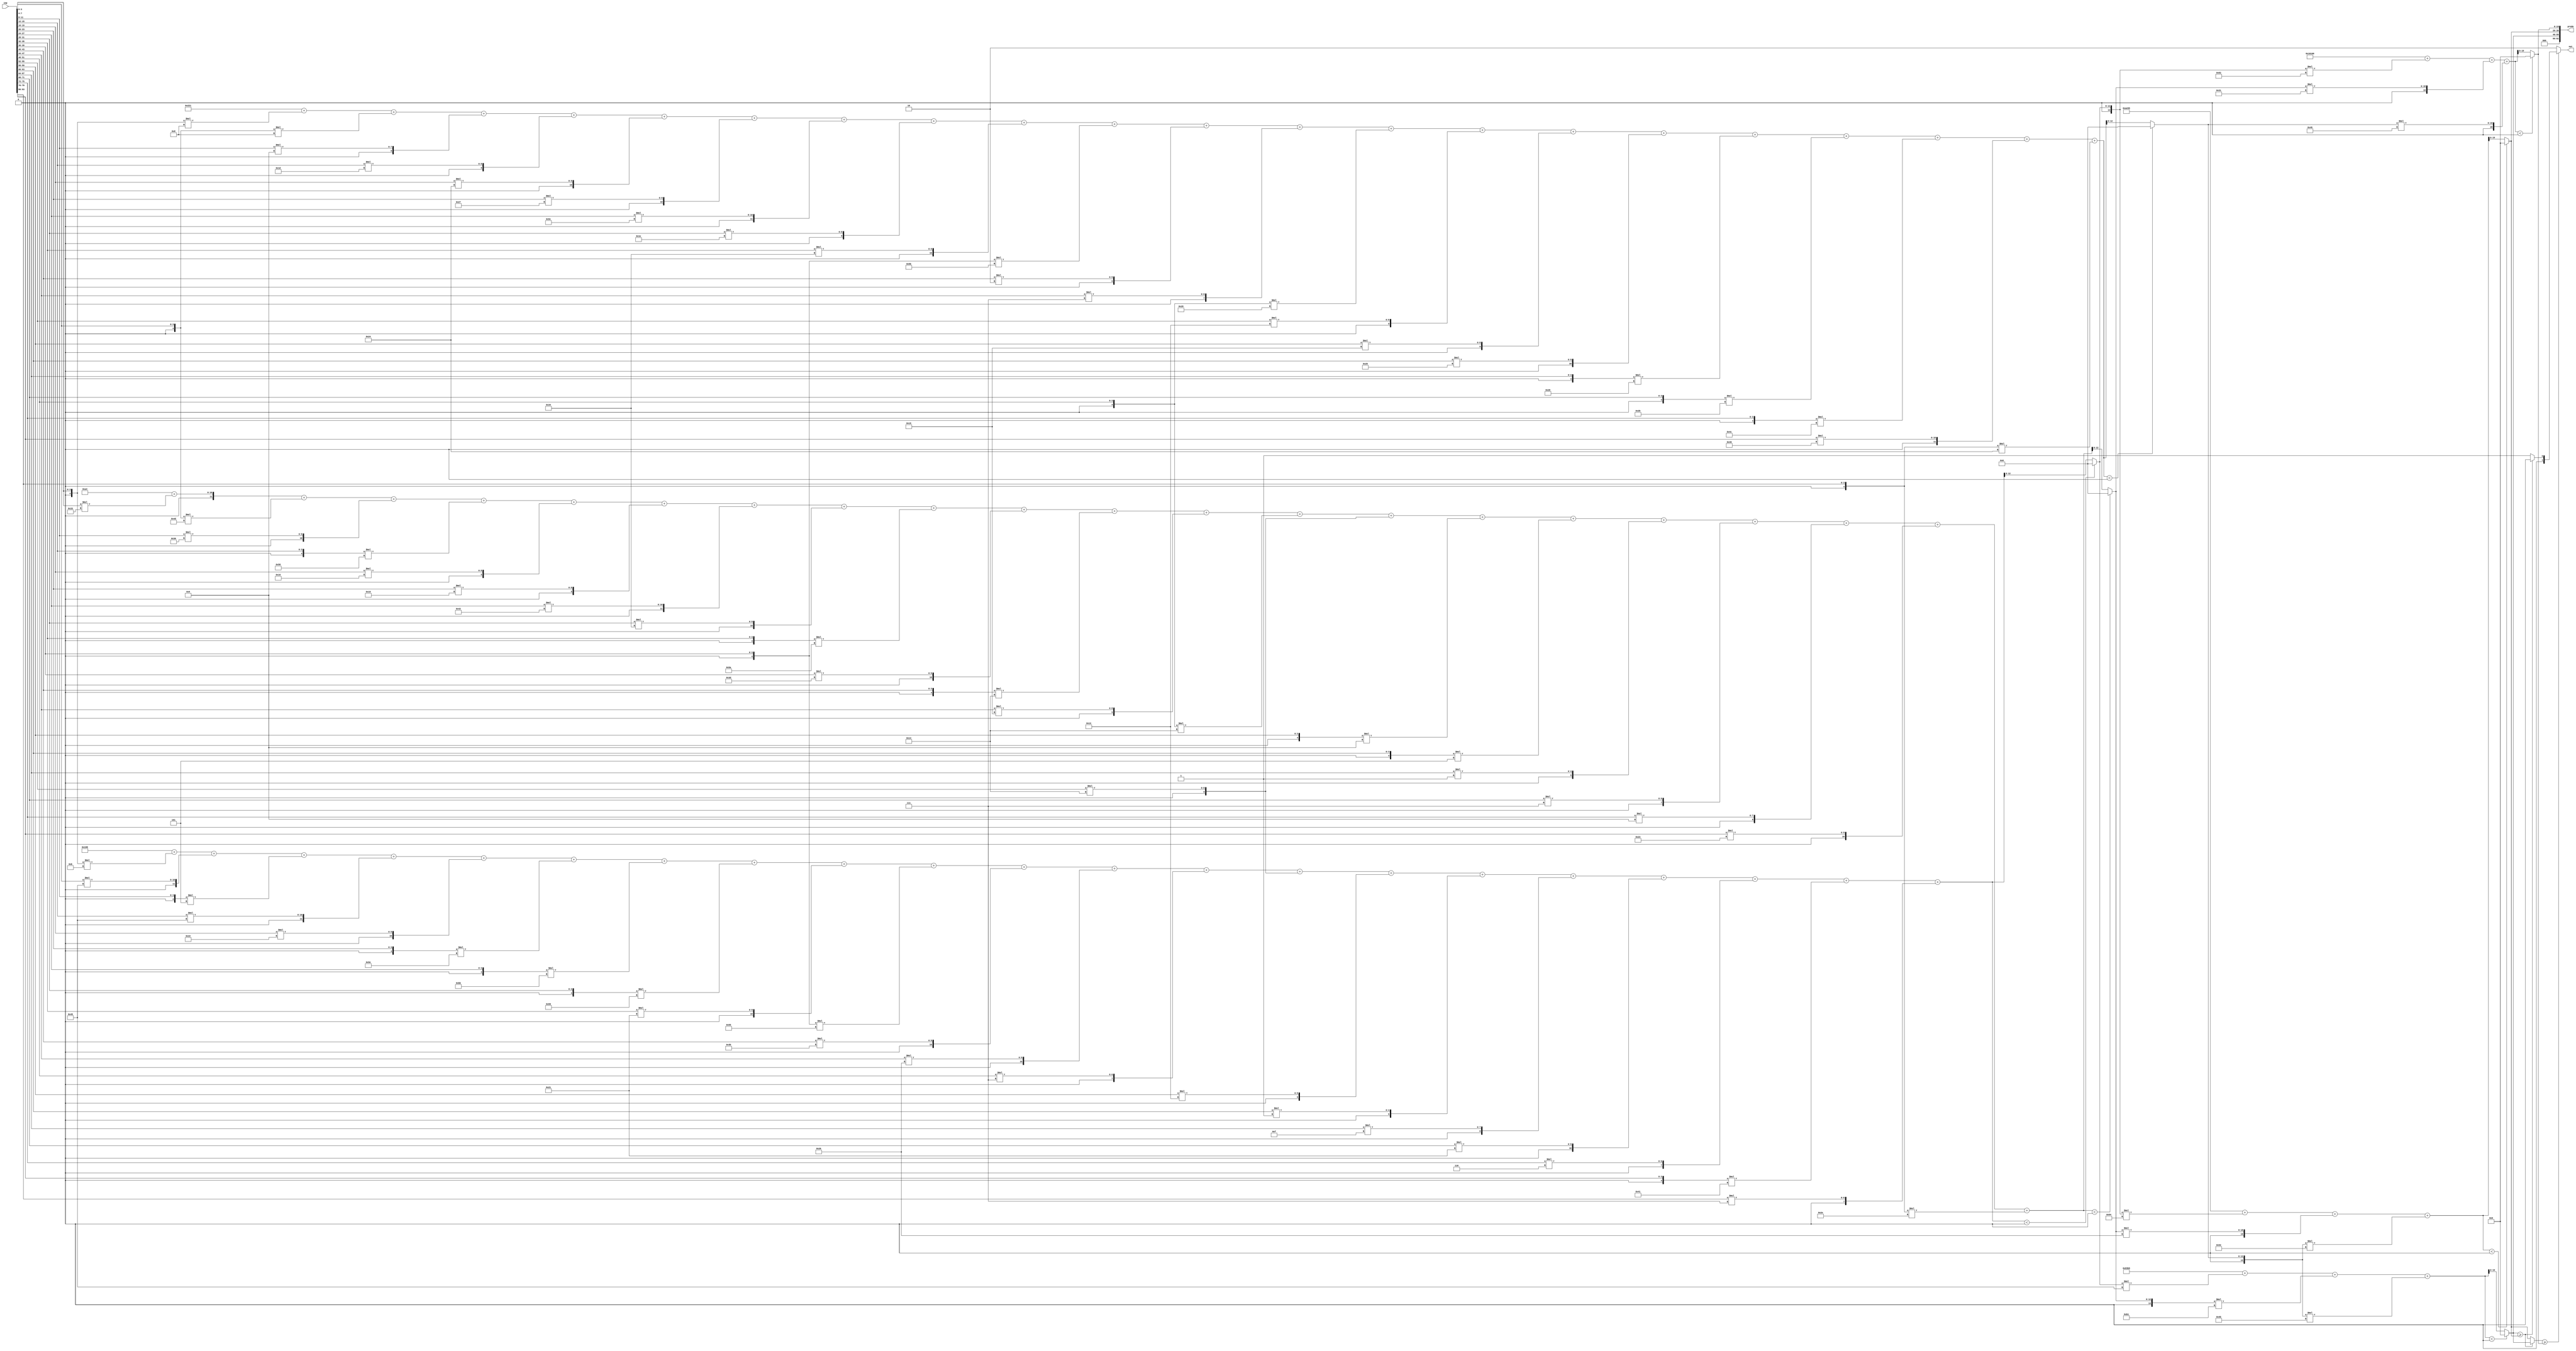
//weights: [[[-5, 69, -3, 69, 34, -34, -69, -39, 33, -43, 59, 38, 7, 20, 19, 1, 15, 33, 6, -63, 7], [51, -51, 54, -40, 22, 16, 66, 52, -38, 61, -12, 21, -12, 20, -7, -3, 1, 7, 9, 35, -18], [-8, -8, 9, 29, 36, 39, 92, 30, 52, -37, 2, 7, -23, 19, 21, 37, -24, -21, -52, 70, -28]], [[69, -79, -53], [-44, 38, -46], [-126, 49, 73]]]
//intercepts: [[408, 164, 545], [33717, -20843, -40698]]
//act size: [4, 13, 20]
//pred num: 3
module top (inp, predo, out);
input [83:0] inp;
output [62:0] predo;
output [1:0] out;

// layer: 0 - neuron: 0
    wire signed [11:0] n_0_0_po_0;
    //weight -5: 8'sb11111011
    assign n_0_0_po_0 = $signed({1'b0, inp[3:0]}) * 8'sb11111011;

    wire signed [11:0] n_0_0_po_1;
    //weight 69: 8'sb01000101
    assign n_0_0_po_1 = $signed({1'b0, inp[7:4]}) * 8'sb01000101;

    wire signed [11:0] n_0_0_po_2;
    //weight -3: 8'sb11111101
    assign n_0_0_po_2 = $signed({1'b0, inp[11:8]}) * 8'sb11111101;

    wire signed [11:0] n_0_0_po_3;
    //weight 69: 8'sb01000101
    assign n_0_0_po_3 = $signed({1'b0, inp[15:12]}) * 8'sb01000101;

    wire signed [11:0] n_0_0_po_4;
    //weight 34: 8'sb00100010
    assign n_0_0_po_4 = $signed({1'b0, inp[19:16]}) * 8'sb00100010;

    wire signed [11:0] n_0_0_po_5;
    //weight -34: 8'sb11011110
    assign n_0_0_po_5 = $signed({1'b0, inp[23:20]}) * 8'sb11011110;

    wire signed [11:0] n_0_0_po_6;
    //weight -69: 8'sb10111011
    assign n_0_0_po_6 = $signed({1'b0, inp[27:24]}) * 8'sb10111011;

    wire signed [11:0] n_0_0_po_7;
    //weight -39: 8'sb11011001
    assign n_0_0_po_7 = $signed({1'b0, inp[31:28]}) * 8'sb11011001;

    wire signed [11:0] n_0_0_po_8;
    //weight 33: 8'sb00100001
    assign n_0_0_po_8 = $signed({1'b0, inp[35:32]}) * 8'sb00100001;

    wire signed [11:0] n_0_0_po_9;
    //weight -43: 8'sb11010101
    assign n_0_0_po_9 = $signed({1'b0, inp[39:36]}) * 8'sb11010101;

    wire signed [11:0] n_0_0_po_10;
    //weight 59: 8'sb00111011
    assign n_0_0_po_10 = $signed({1'b0, inp[43:40]}) * 8'sb00111011;

    wire signed [11:0] n_0_0_po_11;
    //weight 38: 8'sb00100110
    assign n_0_0_po_11 = $signed({1'b0, inp[47:44]}) * 8'sb00100110;

    wire signed [11:0] n_0_0_po_12;
    //weight 7: 8'sb00000111
    assign n_0_0_po_12 = $signed({1'b0, inp[51:48]}) * 8'sb00000111;

    wire signed [11:0] n_0_0_po_13;
    //weight 20: 8'sb00010100
    assign n_0_0_po_13 = $signed({1'b0, inp[55:52]}) * 8'sb00010100;

    wire signed [11:0] n_0_0_po_14;
    //weight 19: 8'sb00010011
    assign n_0_0_po_14 = $signed({1'b0, inp[59:56]}) * 8'sb00010011;

    wire signed [11:0] n_0_0_po_15;
    //weight 1: 8'sb00000001
    assign n_0_0_po_15 = $signed({1'b0, inp[63:60]}) * 8'sb00000001;

    wire signed [11:0] n_0_0_po_16;
    //weight 15: 8'sb00001111
    assign n_0_0_po_16 = $signed({1'b0, inp[67:64]}) * 8'sb00001111;

    wire signed [11:0] n_0_0_po_17;
    //weight 33: 8'sb00100001
    assign n_0_0_po_17 = $signed({1'b0, inp[71:68]}) * 8'sb00100001;

    wire signed [11:0] n_0_0_po_18;
    //weight 6: 8'sb00000110
    assign n_0_0_po_18 = $signed({1'b0, inp[75:72]}) * 8'sb00000110;

    wire signed [11:0] n_0_0_po_19;
    //weight -63: 8'sb11000001
    assign n_0_0_po_19 = $signed({1'b0, inp[79:76]}) * 8'sb11000001;

    wire signed [11:0] n_0_0_po_20;
    //weight 7: 8'sb00000111
    assign n_0_0_po_20 = $signed({1'b0, inp[83:80]}) * 8'sb00000111;

    wire signed [13:0] n_0_0_sum;
    assign n_0_0_sum = 408 + n_0_0_po_0 + n_0_0_po_1 + n_0_0_po_2 + n_0_0_po_3 + n_0_0_po_4 + n_0_0_po_5 + n_0_0_po_6 + n_0_0_po_7 + n_0_0_po_8 + n_0_0_po_9 + n_0_0_po_10 + n_0_0_po_11 + n_0_0_po_12 + n_0_0_po_13 + n_0_0_po_14 + n_0_0_po_15 + n_0_0_po_16 + n_0_0_po_17 + n_0_0_po_18 + n_0_0_po_19 + n_0_0_po_20;
    //relu
    wire [12:0] n_0_0;
    assign n_0_0 = (n_0_0_sum<0) ? $unsigned({13{1'b0}}) : $unsigned(n_0_0_sum[12:0]);

// layer: 0 - neuron: 1
    wire signed [11:0] n_0_1_po_0;
    //weight 51: 8'sb00110011
    assign n_0_1_po_0 = $signed({1'b0, inp[3:0]}) * 8'sb00110011;

    wire signed [11:0] n_0_1_po_1;
    //weight -51: 8'sb11001101
    assign n_0_1_po_1 = $signed({1'b0, inp[7:4]}) * 8'sb11001101;

    wire signed [11:0] n_0_1_po_2;
    //weight 54: 8'sb00110110
    assign n_0_1_po_2 = $signed({1'b0, inp[11:8]}) * 8'sb00110110;

    wire signed [11:0] n_0_1_po_3;
    //weight -40: 8'sb11011000
    assign n_0_1_po_3 = $signed({1'b0, inp[15:12]}) * 8'sb11011000;

    wire signed [11:0] n_0_1_po_4;
    //weight 22: 8'sb00010110
    assign n_0_1_po_4 = $signed({1'b0, inp[19:16]}) * 8'sb00010110;

    wire signed [11:0] n_0_1_po_5;
    //weight 16: 8'sb00010000
    assign n_0_1_po_5 = $signed({1'b0, inp[23:20]}) * 8'sb00010000;

    wire signed [11:0] n_0_1_po_6;
    //weight 66: 8'sb01000010
    assign n_0_1_po_6 = $signed({1'b0, inp[27:24]}) * 8'sb01000010;

    wire signed [11:0] n_0_1_po_7;
    //weight 52: 8'sb00110100
    assign n_0_1_po_7 = $signed({1'b0, inp[31:28]}) * 8'sb00110100;

    wire signed [11:0] n_0_1_po_8;
    //weight -38: 8'sb11011010
    assign n_0_1_po_8 = $signed({1'b0, inp[35:32]}) * 8'sb11011010;

    wire signed [11:0] n_0_1_po_9;
    //weight 61: 8'sb00111101
    assign n_0_1_po_9 = $signed({1'b0, inp[39:36]}) * 8'sb00111101;

    wire signed [11:0] n_0_1_po_10;
    //weight -12: 8'sb11110100
    assign n_0_1_po_10 = $signed({1'b0, inp[43:40]}) * 8'sb11110100;

    wire signed [11:0] n_0_1_po_11;
    //weight 21: 8'sb00010101
    assign n_0_1_po_11 = $signed({1'b0, inp[47:44]}) * 8'sb00010101;

    wire signed [11:0] n_0_1_po_12;
    //weight -12: 8'sb11110100
    assign n_0_1_po_12 = $signed({1'b0, inp[51:48]}) * 8'sb11110100;

    wire signed [11:0] n_0_1_po_13;
    //weight 20: 8'sb00010100
    assign n_0_1_po_13 = $signed({1'b0, inp[55:52]}) * 8'sb00010100;

    wire signed [11:0] n_0_1_po_14;
    //weight -7: 8'sb11111001
    assign n_0_1_po_14 = $signed({1'b0, inp[59:56]}) * 8'sb11111001;

    wire signed [11:0] n_0_1_po_15;
    //weight -3: 8'sb11111101
    assign n_0_1_po_15 = $signed({1'b0, inp[63:60]}) * 8'sb11111101;

    wire signed [11:0] n_0_1_po_16;
    //weight 1: 8'sb00000001
    assign n_0_1_po_16 = $signed({1'b0, inp[67:64]}) * 8'sb00000001;

    wire signed [11:0] n_0_1_po_17;
    //weight 7: 8'sb00000111
    assign n_0_1_po_17 = $signed({1'b0, inp[71:68]}) * 8'sb00000111;

    wire signed [11:0] n_0_1_po_18;
    //weight 9: 8'sb00001001
    assign n_0_1_po_18 = $signed({1'b0, inp[75:72]}) * 8'sb00001001;

    wire signed [11:0] n_0_1_po_19;
    //weight 35: 8'sb00100011
    assign n_0_1_po_19 = $signed({1'b0, inp[79:76]}) * 8'sb00100011;

    wire signed [11:0] n_0_1_po_20;
    //weight -18: 8'sb11101110
    assign n_0_1_po_20 = $signed({1'b0, inp[83:80]}) * 8'sb11101110;

    wire signed [13:0] n_0_1_sum;
    assign n_0_1_sum = 164 + n_0_1_po_0 + n_0_1_po_1 + n_0_1_po_2 + n_0_1_po_3 + n_0_1_po_4 + n_0_1_po_5 + n_0_1_po_6 + n_0_1_po_7 + n_0_1_po_8 + n_0_1_po_9 + n_0_1_po_10 + n_0_1_po_11 + n_0_1_po_12 + n_0_1_po_13 + n_0_1_po_14 + n_0_1_po_15 + n_0_1_po_16 + n_0_1_po_17 + n_0_1_po_18 + n_0_1_po_19 + n_0_1_po_20;
    //relu
    wire [12:0] n_0_1;
    assign n_0_1 = (n_0_1_sum<0) ? $unsigned({13{1'b0}}) : $unsigned(n_0_1_sum[12:0]);

// layer: 0 - neuron: 2
    wire signed [11:0] n_0_2_po_0;
    //weight -8: 8'sb11111000
    assign n_0_2_po_0 = $signed({1'b0, inp[3:0]}) * 8'sb11111000;

    wire signed [11:0] n_0_2_po_1;
    //weight -8: 8'sb11111000
    assign n_0_2_po_1 = $signed({1'b0, inp[7:4]}) * 8'sb11111000;

    wire signed [11:0] n_0_2_po_2;
    //weight 9: 8'sb00001001
    assign n_0_2_po_2 = $signed({1'b0, inp[11:8]}) * 8'sb00001001;

    wire signed [11:0] n_0_2_po_3;
    //weight 29: 8'sb00011101
    assign n_0_2_po_3 = $signed({1'b0, inp[15:12]}) * 8'sb00011101;

    wire signed [11:0] n_0_2_po_4;
    //weight 36: 8'sb00100100
    assign n_0_2_po_4 = $signed({1'b0, inp[19:16]}) * 8'sb00100100;

    wire signed [11:0] n_0_2_po_5;
    //weight 39: 8'sb00100111
    assign n_0_2_po_5 = $signed({1'b0, inp[23:20]}) * 8'sb00100111;

    wire signed [11:0] n_0_2_po_6;
    //weight 92: 8'sb01011100
    assign n_0_2_po_6 = $signed({1'b0, inp[27:24]}) * 8'sb01011100;

    wire signed [11:0] n_0_2_po_7;
    //weight 30: 8'sb00011110
    assign n_0_2_po_7 = $signed({1'b0, inp[31:28]}) * 8'sb00011110;

    wire signed [11:0] n_0_2_po_8;
    //weight 52: 8'sb00110100
    assign n_0_2_po_8 = $signed({1'b0, inp[35:32]}) * 8'sb00110100;

    wire signed [11:0] n_0_2_po_9;
    //weight -37: 8'sb11011011
    assign n_0_2_po_9 = $signed({1'b0, inp[39:36]}) * 8'sb11011011;

    wire signed [11:0] n_0_2_po_10;
    //weight 2: 8'sb00000010
    assign n_0_2_po_10 = $signed({1'b0, inp[43:40]}) * 8'sb00000010;

    wire signed [11:0] n_0_2_po_11;
    //weight 7: 8'sb00000111
    assign n_0_2_po_11 = $signed({1'b0, inp[47:44]}) * 8'sb00000111;

    wire signed [11:0] n_0_2_po_12;
    //weight -23: 8'sb11101001
    assign n_0_2_po_12 = $signed({1'b0, inp[51:48]}) * 8'sb11101001;

    wire signed [11:0] n_0_2_po_13;
    //weight 19: 8'sb00010011
    assign n_0_2_po_13 = $signed({1'b0, inp[55:52]}) * 8'sb00010011;

    wire signed [11:0] n_0_2_po_14;
    //weight 21: 8'sb00010101
    assign n_0_2_po_14 = $signed({1'b0, inp[59:56]}) * 8'sb00010101;

    wire signed [11:0] n_0_2_po_15;
    //weight 37: 8'sb00100101
    assign n_0_2_po_15 = $signed({1'b0, inp[63:60]}) * 8'sb00100101;

    wire signed [11:0] n_0_2_po_16;
    //weight -24: 8'sb11101000
    assign n_0_2_po_16 = $signed({1'b0, inp[67:64]}) * 8'sb11101000;

    wire signed [11:0] n_0_2_po_17;
    //weight -21: 8'sb11101011
    assign n_0_2_po_17 = $signed({1'b0, inp[71:68]}) * 8'sb11101011;

    wire signed [11:0] n_0_2_po_18;
    //weight -52: 8'sb11001100
    assign n_0_2_po_18 = $signed({1'b0, inp[75:72]}) * 8'sb11001100;

    wire signed [11:0] n_0_2_po_19;
    //weight 70: 8'sb01000110
    assign n_0_2_po_19 = $signed({1'b0, inp[79:76]}) * 8'sb01000110;

    wire signed [11:0] n_0_2_po_20;
    //weight -28: 8'sb11100100
    assign n_0_2_po_20 = $signed({1'b0, inp[83:80]}) * 8'sb11100100;

    wire signed [13:0] n_0_2_sum;
    assign n_0_2_sum = 545 + n_0_2_po_0 + n_0_2_po_1 + n_0_2_po_2 + n_0_2_po_3 + n_0_2_po_4 + n_0_2_po_5 + n_0_2_po_6 + n_0_2_po_7 + n_0_2_po_8 + n_0_2_po_9 + n_0_2_po_10 + n_0_2_po_11 + n_0_2_po_12 + n_0_2_po_13 + n_0_2_po_14 + n_0_2_po_15 + n_0_2_po_16 + n_0_2_po_17 + n_0_2_po_18 + n_0_2_po_19 + n_0_2_po_20;
    //relu
    wire [12:0] n_0_2;
    assign n_0_2 = (n_0_2_sum<0) ? $unsigned({13{1'b0}}) : $unsigned(n_0_2_sum[12:0]);

// layer: 1 - neuron: 0
    wire signed [20:0] n_1_0_po_0;
    //weight 69: 8'sb01000101
    assign n_1_0_po_0 = $signed({1'b0, n_0_0}) * 8'sb01000101;

    wire signed [20:0] n_1_0_po_1;
    //weight -79: 8'sb10110001
    assign n_1_0_po_1 = $signed({1'b0, n_0_1}) * 8'sb10110001;

    wire signed [20:0] n_1_0_po_2;
    //weight -53: 8'sb11001011
    assign n_1_0_po_2 = $signed({1'b0, n_0_2}) * 8'sb11001011;

    wire signed [20:0] n_1_0_sum;
    assign n_1_0_sum = 33717 + n_1_0_po_0 + n_1_0_po_1 + n_1_0_po_2;
    //relu
    wire [19:0] n_1_0;
    assign n_1_0 = (n_1_0_sum<0) ? $unsigned({20{1'b0}}) : $unsigned(n_1_0_sum[19:0]);

// layer: 1 - neuron: 1
    wire signed [20:0] n_1_1_po_0;
    //weight -44: 8'sb11010100
    assign n_1_1_po_0 = $signed({1'b0, n_0_0}) * 8'sb11010100;

    wire signed [20:0] n_1_1_po_1;
    //weight 38: 8'sb00100110
    assign n_1_1_po_1 = $signed({1'b0, n_0_1}) * 8'sb00100110;

    wire signed [20:0] n_1_1_po_2;
    //weight -46: 8'sb11010010
    assign n_1_1_po_2 = $signed({1'b0, n_0_2}) * 8'sb11010010;

    wire signed [20:0] n_1_1_sum;
    assign n_1_1_sum = -20843 + n_1_1_po_0 + n_1_1_po_1 + n_1_1_po_2;
    //relu
    wire [19:0] n_1_1;
    assign n_1_1 = (n_1_1_sum<0) ? $unsigned({20{1'b0}}) : $unsigned(n_1_1_sum[19:0]);

// layer: 1 - neuron: 2
    wire signed [20:0] n_1_2_po_0;
    //weight -126: 8'sb10000010
    assign n_1_2_po_0 = $signed({1'b0, n_0_0}) * 8'sb10000010;

    wire signed [20:0] n_1_2_po_1;
    //weight 49: 8'sb00110001
    assign n_1_2_po_1 = $signed({1'b0, n_0_1}) * 8'sb00110001;

    wire signed [20:0] n_1_2_po_2;
    //weight 73: 8'sb01001001
    assign n_1_2_po_2 = $signed({1'b0, n_0_2}) * 8'sb01001001;

    wire signed [20:0] n_1_2_sum;
    assign n_1_2_sum = -40698 + n_1_2_po_0 + n_1_2_po_1 + n_1_2_po_2;
    //relu
    wire [19:0] n_1_2;
    assign n_1_2 = (n_1_2_sum<0) ? $unsigned({20{1'b0}}) : $unsigned(n_1_2_sum[19:0]);

    assign predo = {n_1_0,n_1_1,n_1_2};
// argmax: 3 classes, need 2 bits
// argmax inp: n_1_0, n_1_1, n_1_2
    //comp level 0
    wire cmp_0_0;
    wire [20:0] argmax_val_0_0;
    wire [1:0] argmax_idx_0_0;
    assign {cmp_0_0} = ( n_1_0 >= n_1_1 );
    assign {argmax_val_0_0} = ( cmp_0_0 ) ? n_1_0 : n_1_1;
    assign {argmax_idx_0_0} = ( cmp_0_0 ) ? 2'b00 : 2'b01;

    //comp level 1
    wire cmp_1_0;
    wire [20:0] argmax_val_1_0;
    wire [1:0] argmax_idx_1_0;
    assign {cmp_1_0} = ( argmax_val_0_0 >= n_1_2 );
    assign {argmax_val_1_0} = ( cmp_1_0 ) ? argmax_val_0_0 : n_1_2;
    assign {argmax_idx_1_0} = ( cmp_1_0 ) ? argmax_idx_0_0 : 2'b10;

    assign out = argmax_idx_1_0;

endmodule